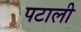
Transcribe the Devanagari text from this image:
पटाली